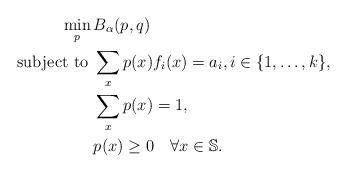
LaTeX: \begin{align*}\min_p \, & B_{\alpha}(p,q)\\\mbox{subject to } &\sum\limits_x p(x)f_i(x) = a_i, i\in\{1,\ldots,k\},\\&\sum\limits_x p(x) = 1, \\&p(x) \ge 0 \quad\forall x \in \mathbb{S}. \end{align*}